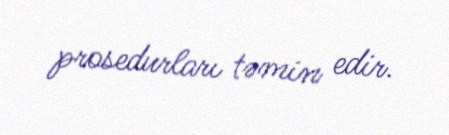
prosedurları təmin edir.